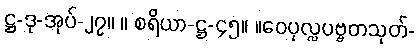
ဋ္ဌ-ဒု-အုပ်-၂၇။ ။ စရိယာ-ဋ္ဌ-၄၅။ ။ဝေပုလ္လပဗ္ဗတသုတ်-